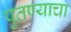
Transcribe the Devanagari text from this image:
पुतण्याचा